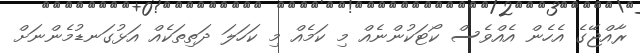
ރާއްޖޭގެ އެހެން އެއްވެސް ކޯޓަކުންނެއް މި ކަމެއް މި ކަހަލަ ދަތިތަކެއް އަޅުގަނޑުމެންނަށް